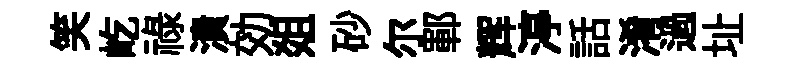
笑屹禄潰効爼砂尓鄆辉渟話淆過址